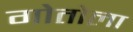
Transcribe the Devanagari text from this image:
गोतोला